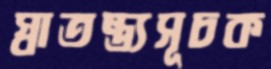
স্বাতন্ত্র্যসূচক